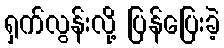
ရှက်လွန်းလို့ ပြန်ပြေးခဲ့